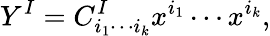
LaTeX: Y^{I}=C_{i_{1}\cdots i_{k}}^{I}x^{i_{1}}\cdots x^{i_{k}},